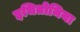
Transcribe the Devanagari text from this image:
इचितोमिया